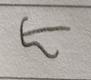
Signature authenticity: forged